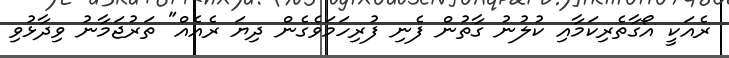
ރެއަކީ އޯގާތެރިކަމާއި ކުލުނު ގާތުން ފެނި ފުރިހަމަވެގެން ދިޔަ ރެއެއް" ތަރުޖަމާނު ވިދާޅުވި